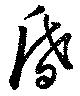
昏